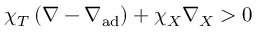
\chi _ { T } \left( \nabla - \nabla _ { \mathrm { a d } } \right) + \chi _ { X } \nabla _ { X } > 0